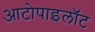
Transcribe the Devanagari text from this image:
आटोपाइलॉट